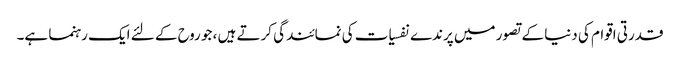
قدرتی اقوام کی دنیا کے تصور میں پرندے نفسیات کی نمائندگی کرتے ہیں ، جو روح کے لئے ایک رہنما ہے۔